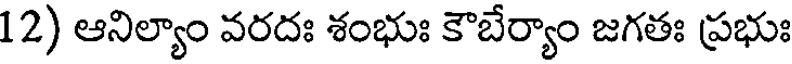
12) ఆనిల్యాం వరదః శంభుః కౌబేర్యాం జగతః ప్రభుః